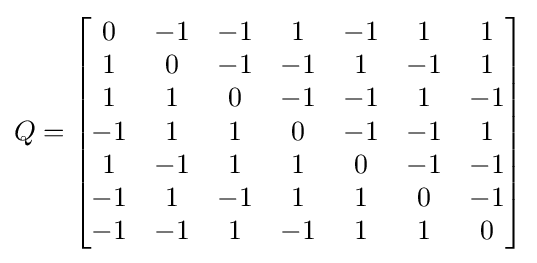
Q={\begin{bmatrix}0&-1&-1&1&-1&1&1\\1&0&-1&-1&1&-1&1\\1&1&0&-1&-1&1&-1\\-1&1&1&0&-1&-1&1\\1&-1&1&1&0&-1&-1\\-1&1&-1&1&1&0&-1\\-1&-1&1&-1&1&1&0\end{bmatrix}}